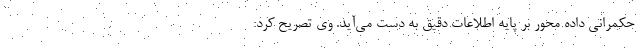
حکمرانی داده محور بر پایه اطلاعات دقیق به دست می‌آید. وی تصریح کرد: